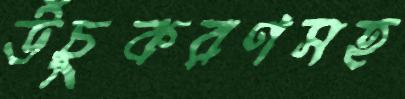
উঁচুকরণসহ